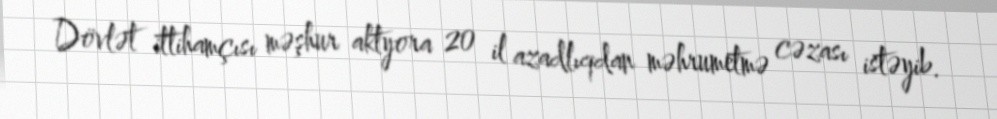
Dövlət ittihamçısı məşhur aktyora 20 il azadlıqdan məhrumetmə cəzası istəyib.